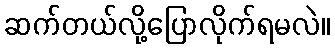
ဆက်တယ်လို့ပြောလိုက်ရမလဲ။